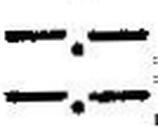
—.—